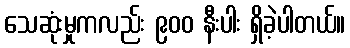
သေဆုံးမှုကလည်း ၉၀၀ နီးပါး ရှိခဲ့ပါတယ်။